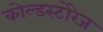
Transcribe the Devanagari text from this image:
कोल्डस्टोरेज